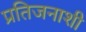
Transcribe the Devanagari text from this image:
प्रतिजनाशी